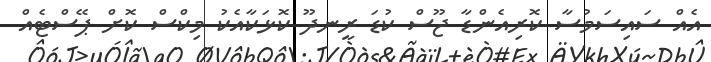
އެއް ސައިސަމުސާ ކޮރިއެންޑާ ޖޫސް ކުޑަ ރީނދޫ ކޮޅަކާއެކު މިކްސް ކޮށް ޕޭސްޓެއް